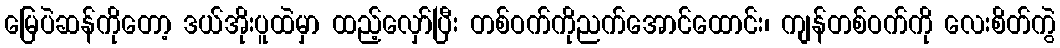
မြေပဲဆန်ကိုတော့ ဒယ်အိုးပူထဲမှာ ထည့်လှော်ပြီး တစ်ဝက်ကိုညက်အောင်ထောင်း၊ ကျန်တစ်ဝက်ကို လေးစိတ်ကွဲ